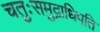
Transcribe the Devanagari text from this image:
चतुःसमुद्राधिपति